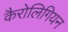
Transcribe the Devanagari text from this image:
कैरोलिगियन